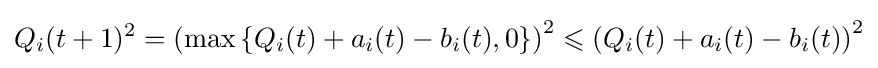
Q_{i}(t+1)^{2}=\left(\max \left\{Q_{i}(t)+a_{i}(t)-b_{i}(t),0\right\}\right)^{2}\leqslant \left(Q_{i}(t)+a_{i}(t)-b_{i}(t)\right)^{2}